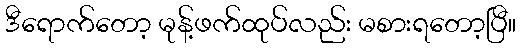
ဒီရောက်တော့ မုန့်ဖက်ထုပ်လည်း မစားရတော့ပြီ။